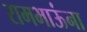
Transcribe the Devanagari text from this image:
रामभाऊंना